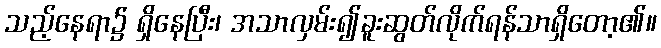
သည့်နေရာ၌ ရှိနေပြီး၊ အသာလှမ်း၍ခူးဆွတ်လိုက်ရန်သာရှိတော့၏။